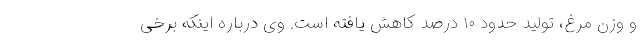
و وزن مرغ، تولید حدود ١٠ درصد کاهش یافته است. وی درباره اینکه برخی